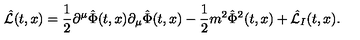
\hat { \cal L } ( t , x ) = { \frac { 1 } { 2 } } \partial ^ { \mu } \hat { \Phi } ( t , x ) \partial _ { \mu } \hat { \Phi } ( t , x ) - { \frac { 1 } { 2 } } m ^ { 2 } \hat { \Phi } ^ { 2 } ( t , x ) + \hat { \cal L } _ { I } ( t , x ) .